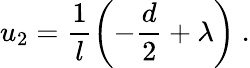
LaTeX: u_{2}=\frac 1l\left(-\frac{d}2+\lambda\right)~.